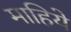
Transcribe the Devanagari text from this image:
माहिये